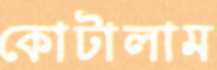
কোটালাম